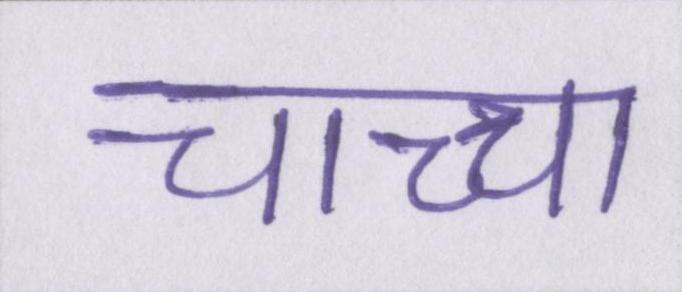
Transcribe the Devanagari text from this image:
चाच्चा